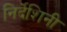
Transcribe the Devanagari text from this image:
निर्देशिनी